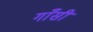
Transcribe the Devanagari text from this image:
गाँसी